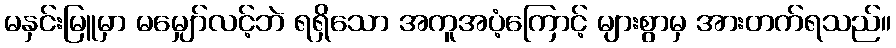
မနှင်းမြူမှာ မမျှော်လင့်ဘဲ ရရှိသော အကူအပံ့ကြောင့် များစွာမှ အားတက်ရသည်။